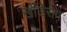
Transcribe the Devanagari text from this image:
खांडेराय